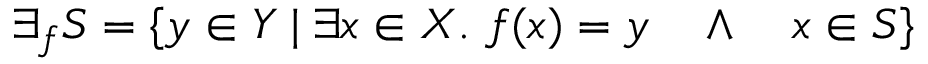
\exists _ { f } S = \{ y \in Y \; | \; \exists x \in X . \ f ( x ) = y \quad \land \quad x \in S \}